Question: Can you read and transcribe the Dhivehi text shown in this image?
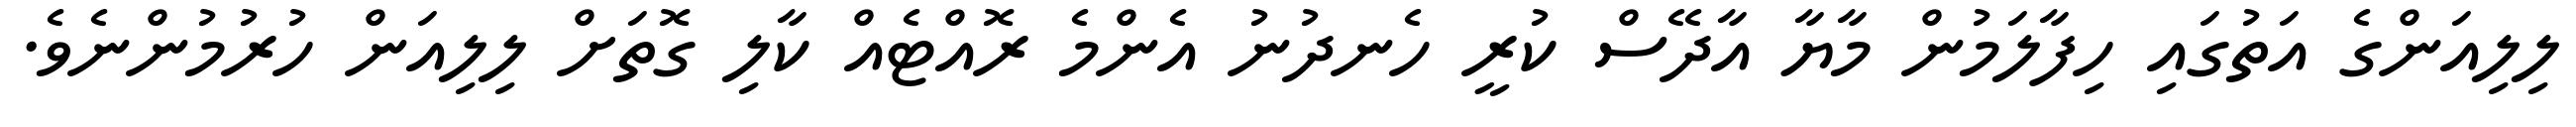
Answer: ލިލިއަންގެ އަތުގައި ހިފާލަމުން މާޔާ އާދޭސް ކުރީ ހެނދުނު އެންމެ ރޮއްޓެއް ކާލި ގޮތަށް ލިލިއަން ހުރުމުންނެވެ.